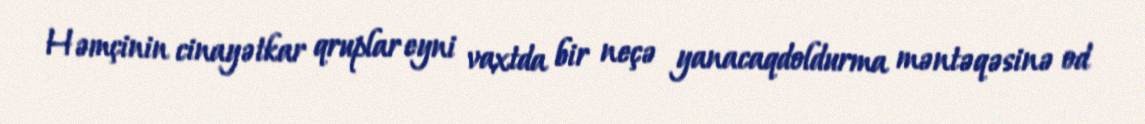
Həmçinin cinayətkar qruplar eyni vaxtda bir neçə yanacaqdoldurma məntəqəsinə od